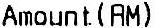
AMOUNT (RM)